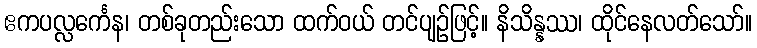
ဧကပလ္လင်္ကေန၊ တစ်ခုတည်းသော ထက်ဝယ် တင်ပျဉ်ဖြင့်။ နိသိန္နဿ၊ ထိုင်နေလတ်သော်။